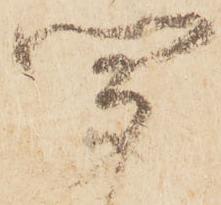
聞